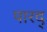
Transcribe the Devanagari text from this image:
पारद्